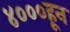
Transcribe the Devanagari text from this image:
४०००हून